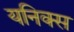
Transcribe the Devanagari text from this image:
यनिक्स